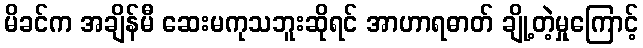
မိခင်က အချိန်မီ ဆေးမကုသဘူးဆိုရင် အာဟာရဓာတ် ချို့တဲ့မှုကြောင့်